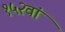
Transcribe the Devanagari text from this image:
१५२वां